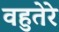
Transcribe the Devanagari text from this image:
वहुतेरे